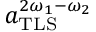
a _ { \mathrm { T L S } } ^ { 2 \omega _ { 1 } - \omega _ { 2 } }